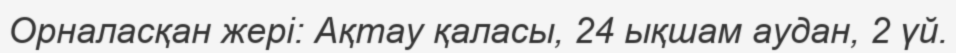
Орналасқан жері: Ақтау қаласы, 24 ықшам аудан, 2 үй.